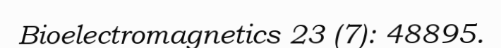
Bioelectromagnetics 23 (7): 48895.